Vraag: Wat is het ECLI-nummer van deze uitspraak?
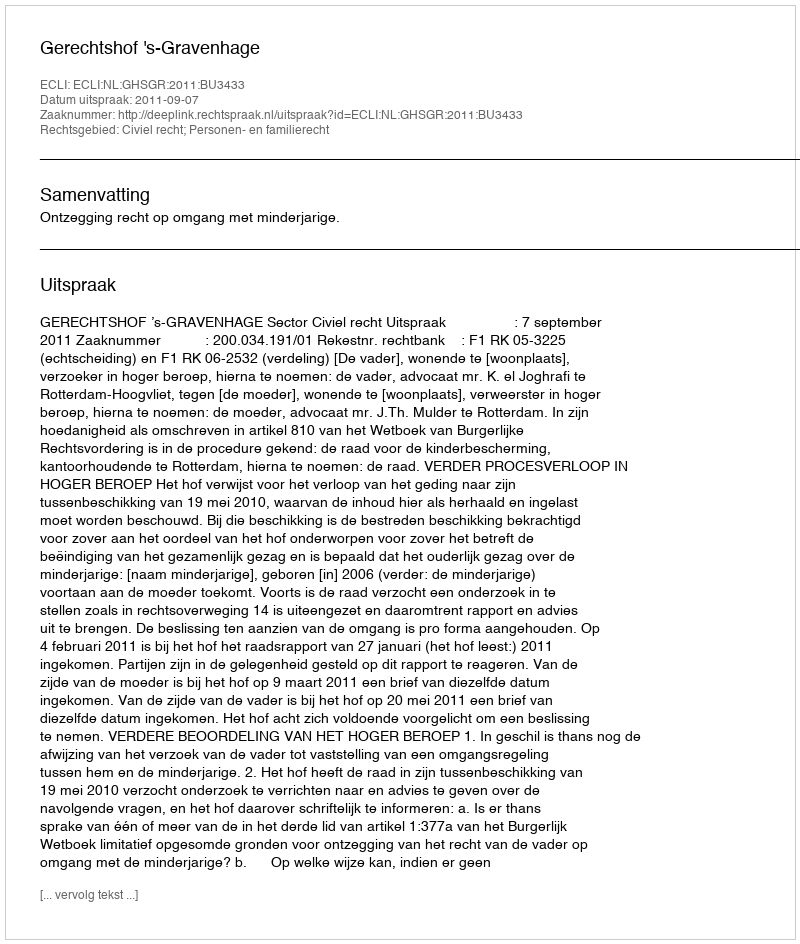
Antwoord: ECLI:NL:GHSGR:2011:BU3433